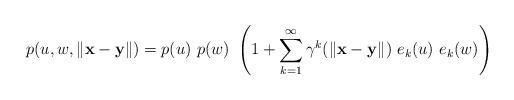
LaTeX: \begin{align*}p(u,w,\left\Vert \mathbf{x}-\mathbf{y}\right\Vert )=p(u)\ p(w)\ \left( 1+\sum_{k=1}^{\infty}\gamma ^{k}(\left\Vert \mathbf{x}-\mathbf{y}\right\Vert )\ e_{k}(u)\ e_{k}(w)\right)\end{align*}